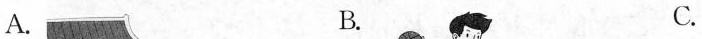
A. B. C.